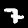
Label: 7